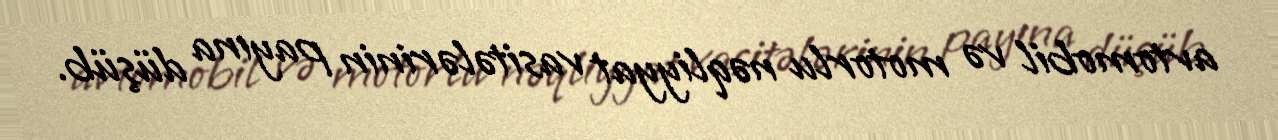
avtomobil və motorlu nəqliyyat vasitələrinin payına düşüb.